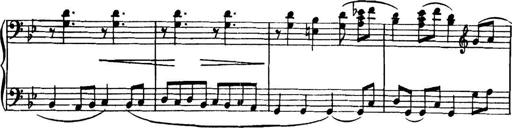
Title: Piano Sonatina in G minor
Composer: John Blackwood McEwen
Key: G minor